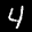
Label: 4